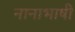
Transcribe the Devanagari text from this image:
नानाभाषी